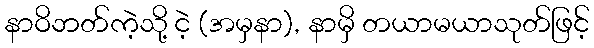
နာဝိဘတ်ကဲ့သို့ ငဲ့ (အမှနာ), နာမှိ တယာမယာသုတ်ဖြင့်